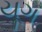
યૂગ